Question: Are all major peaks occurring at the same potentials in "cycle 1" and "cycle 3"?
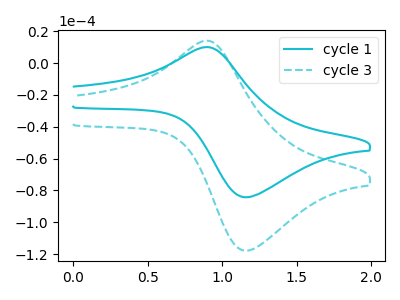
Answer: <think>The cyan curve "cycle 1" has an anodic peak at (0.90V, 10.05uA) and a cathodic peak at (1.15V, -84.25uA). The cyan dashed curve "cycle 3" has an anodic peak at (0.90V, 14.05uA) and a cathodic peak at (1.15V, -117.85uA).</think>
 <answer>Yes, "cycle 1" have a peak in "cycle 3" at the same potential.</answer>
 <eval>match</eval>